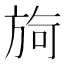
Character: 㫊